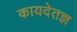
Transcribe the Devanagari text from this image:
कायदेतज्ञ